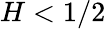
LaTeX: H<1/2